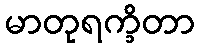
မာတုရက္ခိတာ